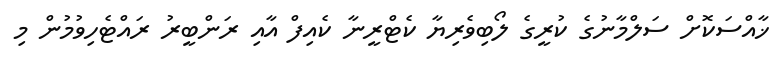
ޚާއްސަކޮށް ސަލްމާނުގެ ކުރީގެ ލޯބިވެރިޔާ ކެޓްރީނާ ކެއިފް އާއި ރަންބީރު ރައްޓެހިވުމުން މި